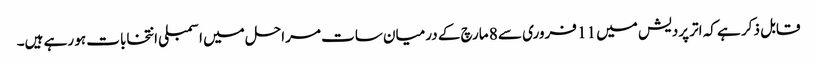
قابل ذکر ہے کہ اتر پردیش میں 11 فروری سے 8 مارچ کے درمیان سات مراحل میں اسمبلی انتخابات ہو رہے ہیں۔